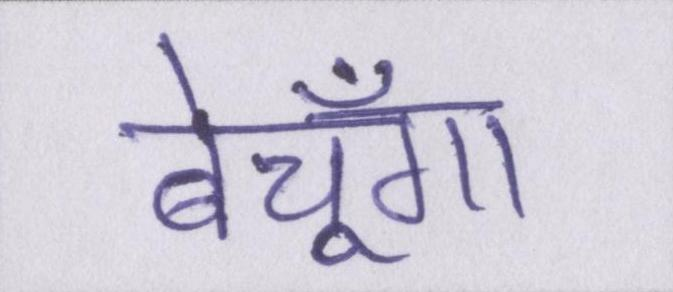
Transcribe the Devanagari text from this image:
बेचूँगा